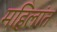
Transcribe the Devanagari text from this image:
महिलांत